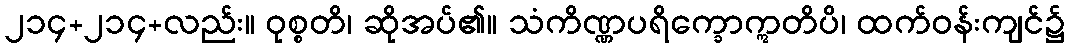
၂၁၄+၂၁၄+လည်း။ ဝုစ္စတိ၊ ဆိုအပ်၏။ သံကိဏ္ဏပရိက္ခောဣတိပိ၊ ထက်ဝန်းကျင်၌